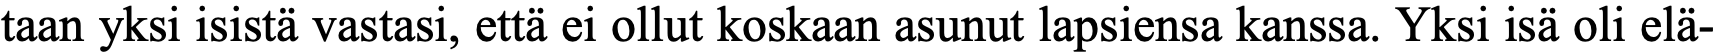
taan yksi isistä vastasi, että ei ollut koskaan asunut lapsiensa kanssa. Yksi isä oli elä-